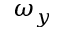
\omega _ { y }